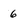
Character: 6